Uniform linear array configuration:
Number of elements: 24
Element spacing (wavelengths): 0.25
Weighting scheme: hann
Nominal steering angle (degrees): -45
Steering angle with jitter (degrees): -45.307
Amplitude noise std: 0.05
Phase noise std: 0.05

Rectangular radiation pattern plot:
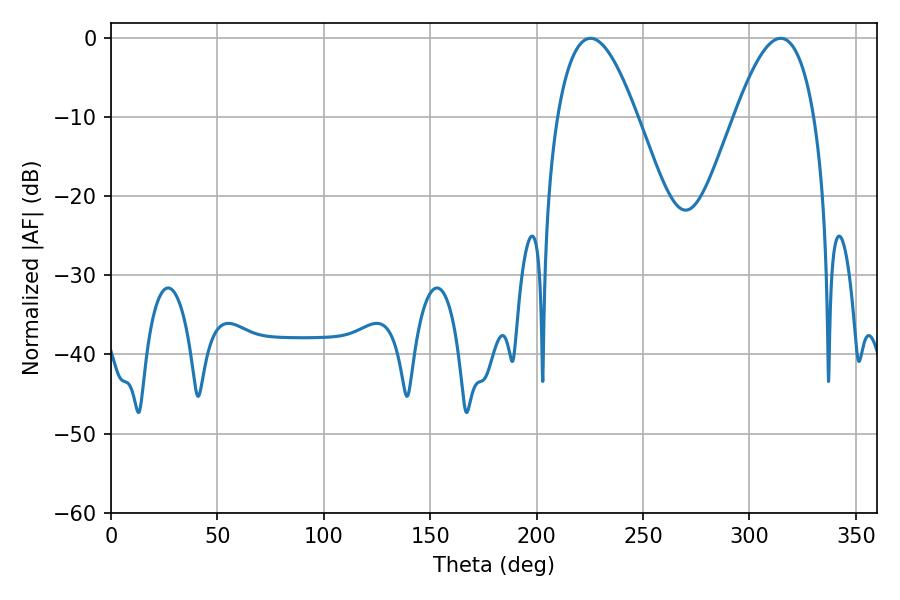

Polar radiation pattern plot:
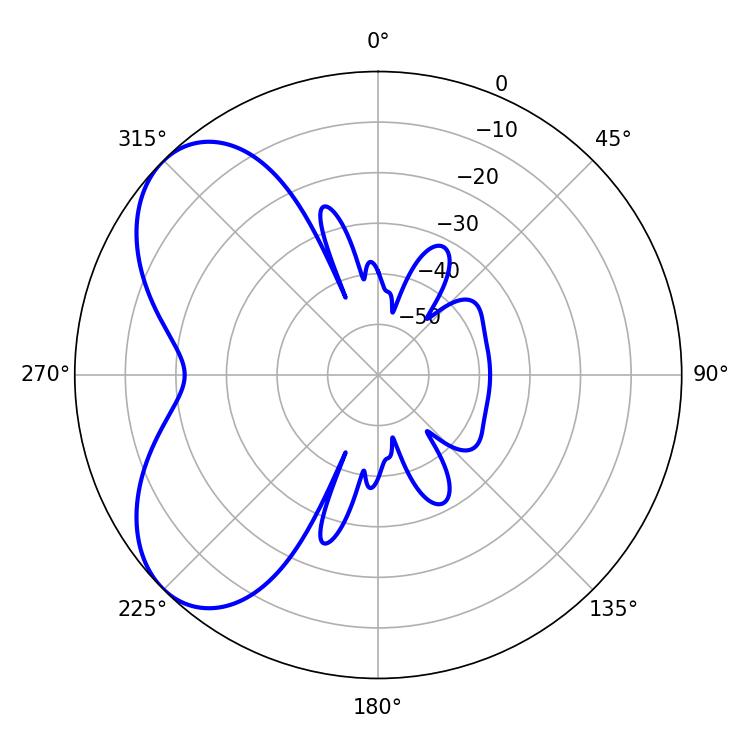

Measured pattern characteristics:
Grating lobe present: FALSE
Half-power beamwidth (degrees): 20.52
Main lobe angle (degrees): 225.36